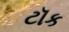
ટૉક